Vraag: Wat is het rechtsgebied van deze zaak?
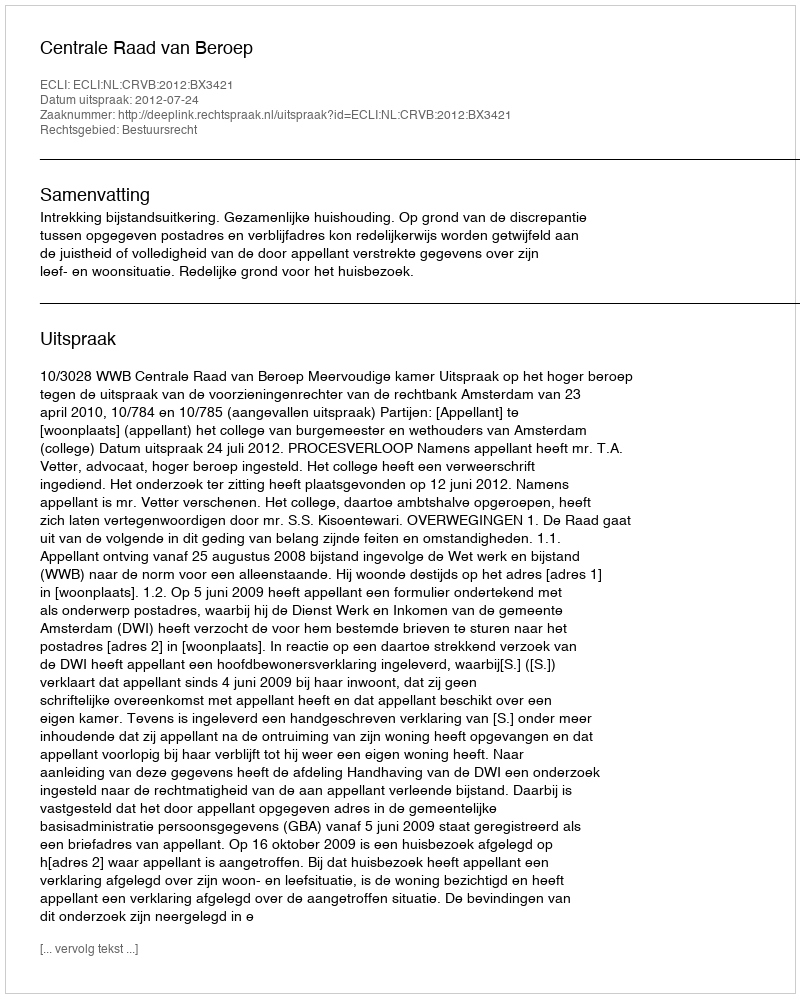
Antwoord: Bestuursrecht